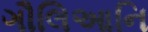
ગૌલિઆનિ